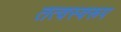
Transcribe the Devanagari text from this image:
तत्वस्वरूप